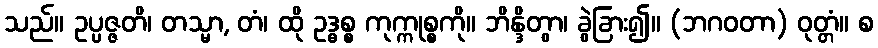
သည်။ ဥပ္ပဇ္ဇတိ၊ တသ္မာ, တံ၊ ထို ဥဒ္ဓစ္စ ကုက္ကုစ္စကို။ ဘိန္ဒိတွာ၊ ခွဲခြား၍။ (ဘဂဝတာ) ဝုတ္တံ။ စ